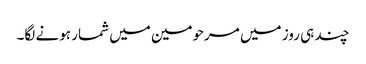
چند ہی روز میں مرحومین میں شمار ہونے لگا۔